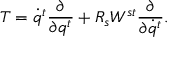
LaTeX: T = \dot { q } ^ { t } \frac { \partial } { \partial q ^ { t } } + R _ { s } W ^ { s t } \frac { \partial } { \partial \dot { q } ^ { t } } .